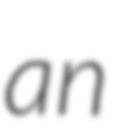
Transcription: an